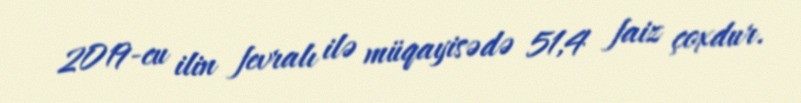
2019-cu ilin fevralı ilə müqayisədə 51,4 faiz çoxdur.